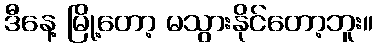
ဒီနေ့ မြို့တော့ မသွားနိုင်တော့ဘူး။